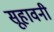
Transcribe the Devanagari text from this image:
सूहावनी